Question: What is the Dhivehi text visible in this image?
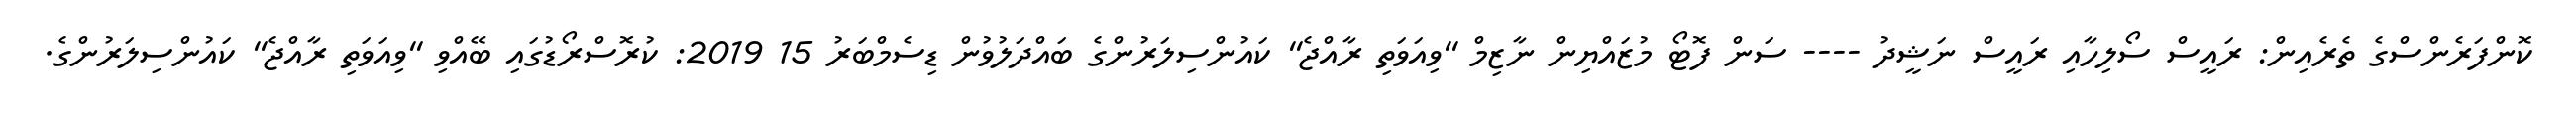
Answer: ކޮންފަރެންސްގެ ތެރެއިން: ރައީސް ސޯލިހާއި ރައީސް ނަޝީދު ---- ސަން ފޮޓޯ މުޒައްޔިން ނާޒިމް "ވިއަވަތި ރާއްޖެ" ކައުންސިލަރުންގެ ބައްދަލުވުން ޑިސެމްބަރު 15 2019: ކުރޮސްރޯޑުގައި ބޭއްވި "ވިއަވަތި ރާއްޖެ" ކައުންސިލަރުންގެ.